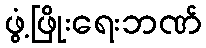
ဖွံ့ဖြိုးရေးဘဏ်